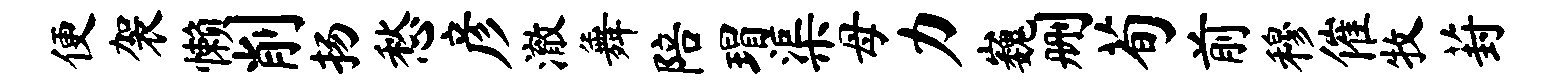
便袈懒削扬愁彦澈舞陪瑁渠母力巍删荀前穆催牧葑